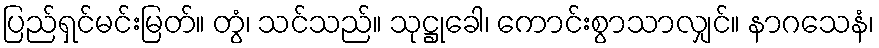
ပြည်ရှင်မင်းမြတ်။ တွံ၊ သင်သည်။ သုဋ္ဌုခေါ၊ ကောင်းစွာသာလျှင်။ နာဂသေနံ၊